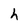
Character: h